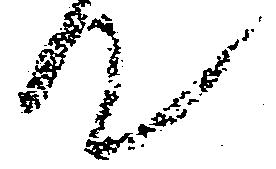
て